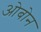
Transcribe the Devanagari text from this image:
ओबोन